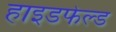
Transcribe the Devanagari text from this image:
हाइडफेल्ड